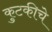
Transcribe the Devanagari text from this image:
कुटकीचे